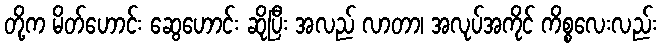
တို့က မိတ်ဟောင်း ဆွေဟောင်း ဆိုပြီး အလည် လာတာ၊ အလုပ်အကိုင် ကိစ္စလေးလည်း